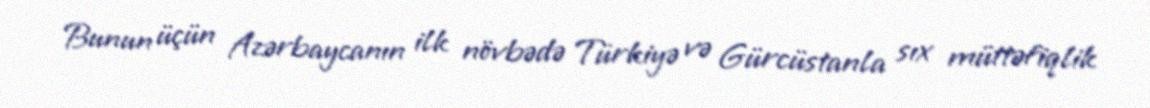
Bunun üçün Azərbaycanın ilk növbədə Türkiyə və Gürcüstanla sıx müttəfiqlik